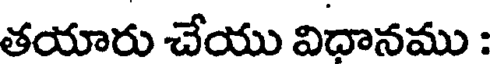
తయారు చేయు విధానము :